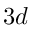
3 d